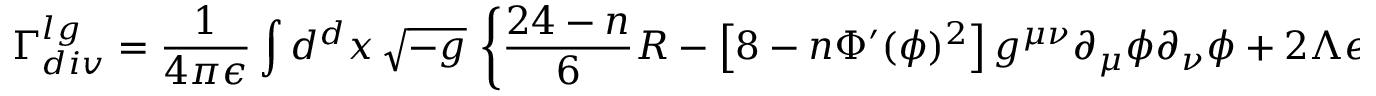
\Gamma _ { d i v } ^ { l g } = \frac { 1 } { 4 \pi \epsilon } \int d ^ { d } x \, \sqrt { - g } \, \left\{ \frac { 2 4 - n } { 6 } R - \left[ 8 - n \Phi ^ { \prime } ( \phi ) ^ { 2 } \right] g ^ { \mu \nu } \partial _ { \mu } \phi \partial _ { \nu } \phi + 2 \Lambda e ^ { 2 \phi } \right\} ,